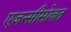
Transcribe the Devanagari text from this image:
एजन्सीसोबत